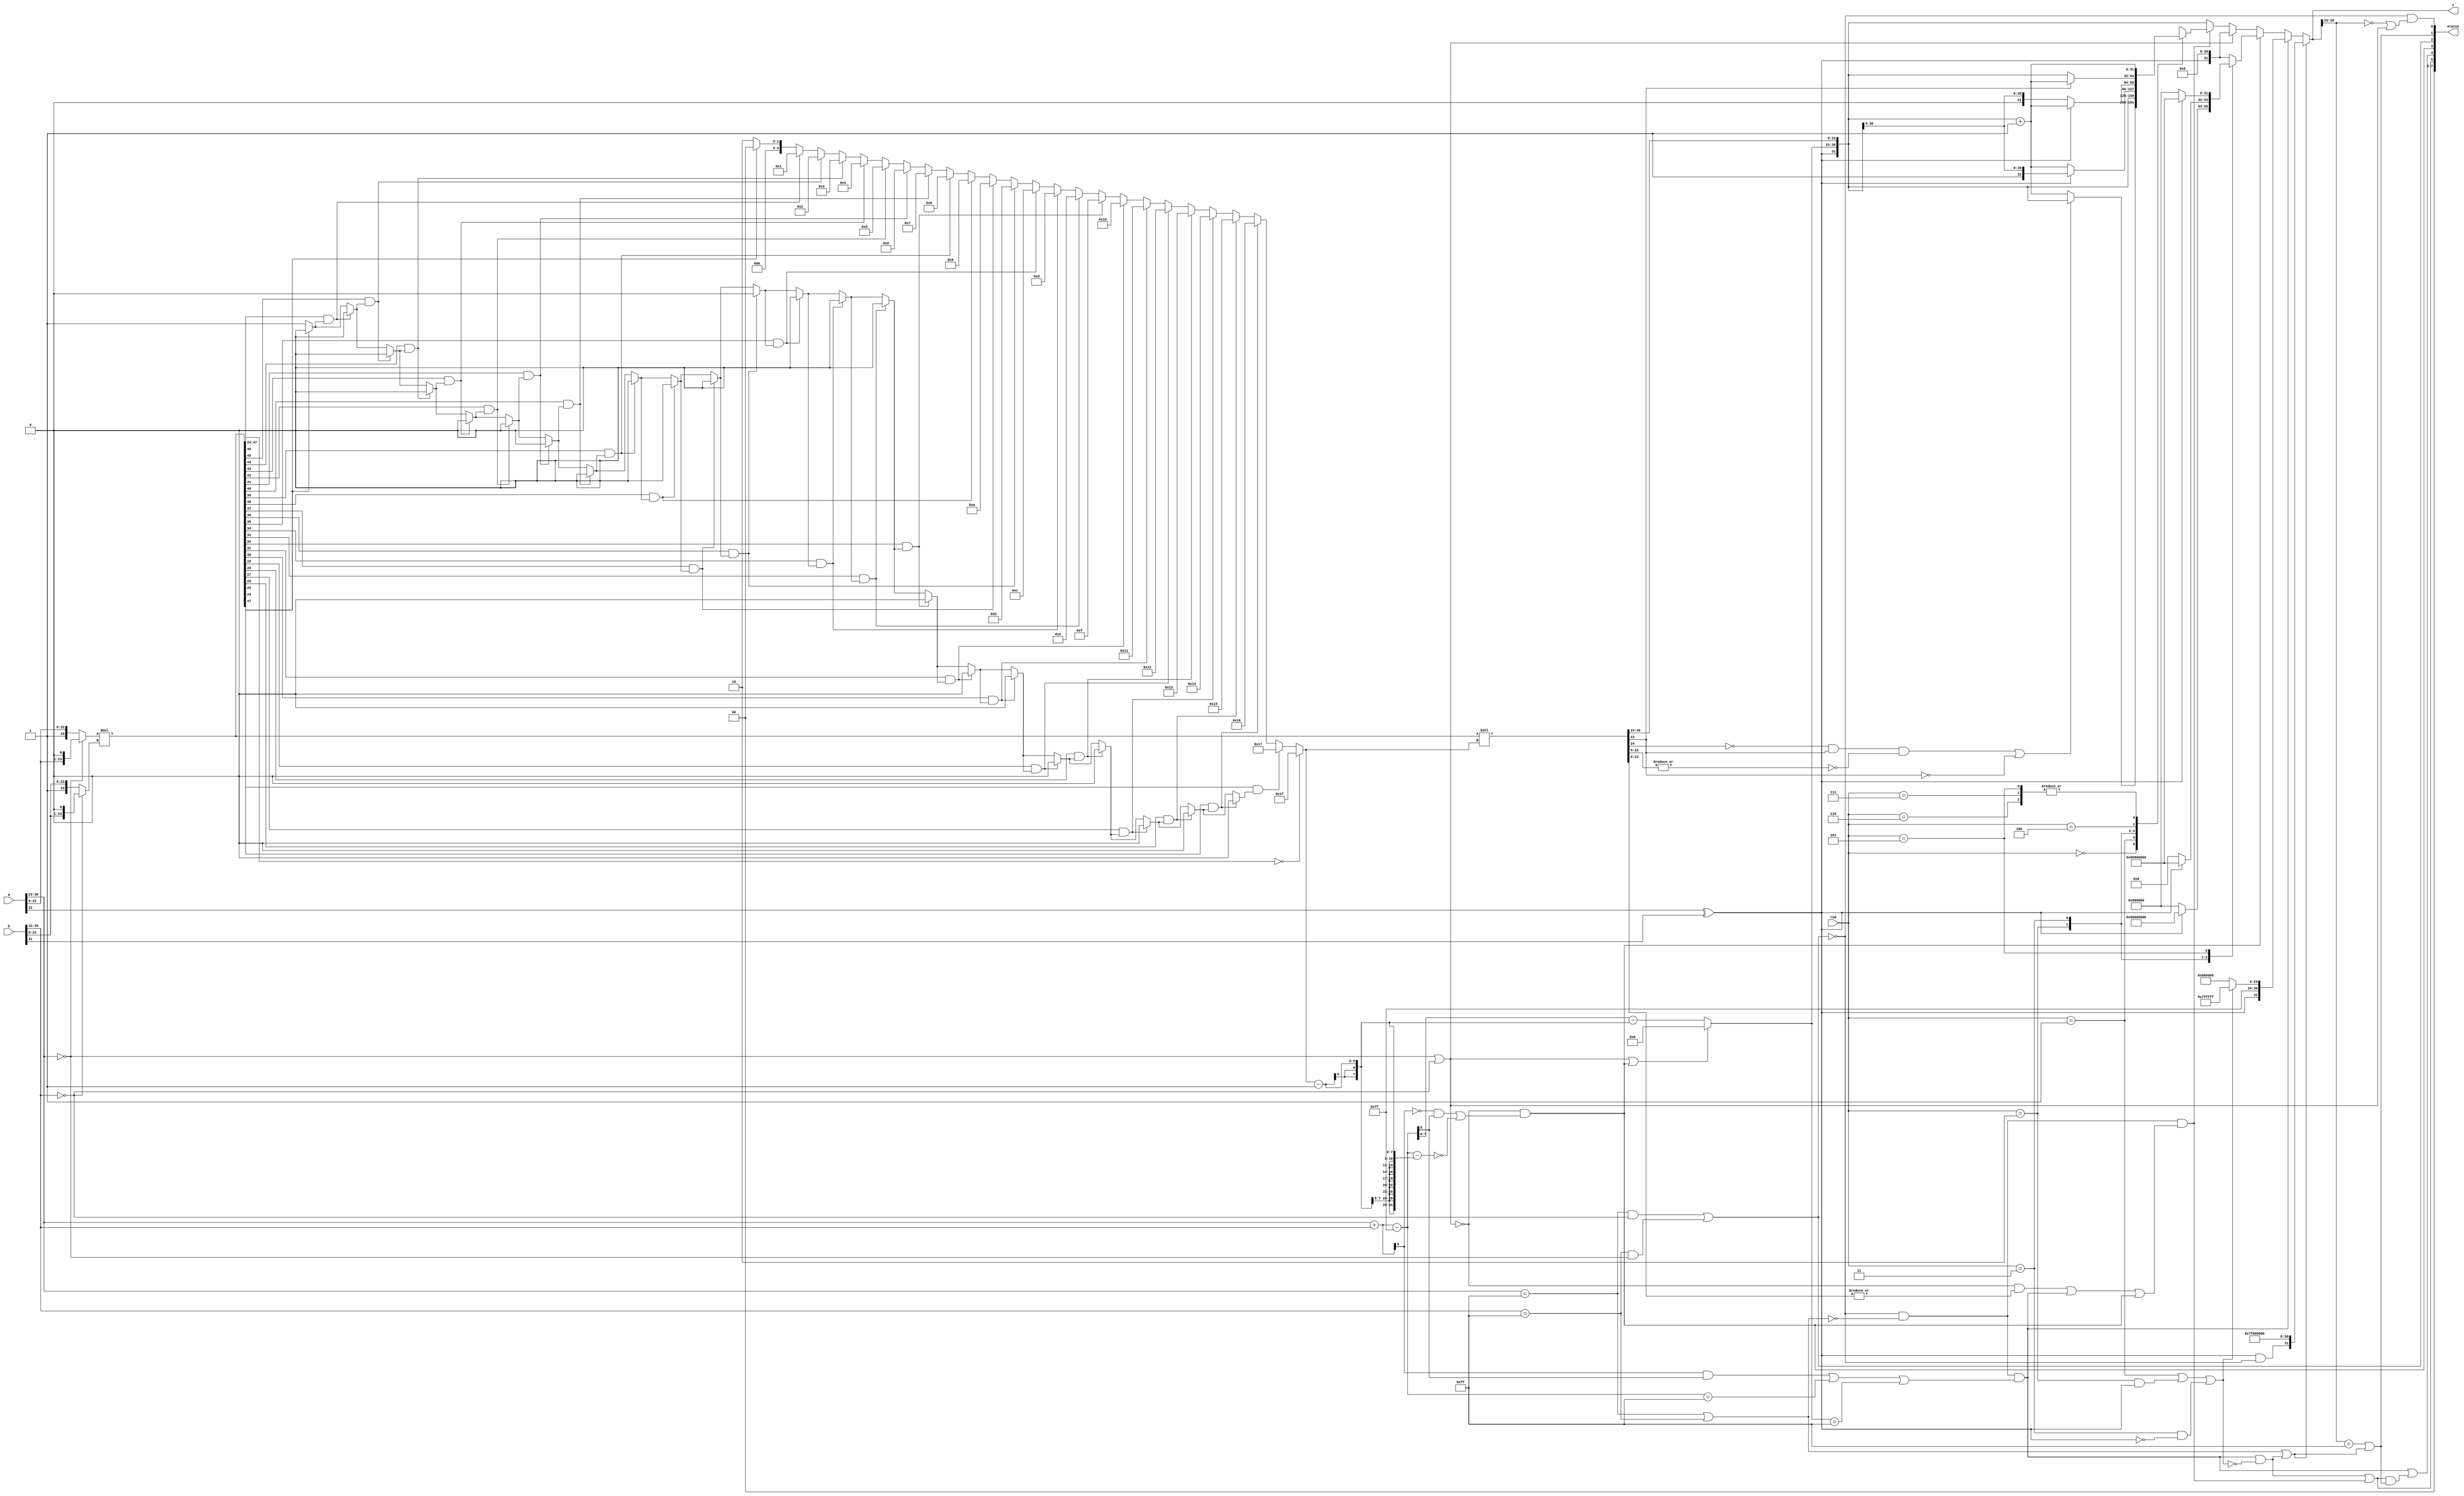

//-------------------------------------------------------------------------------------------------
//
// Title       : fp_mult_ieee0
// Design      : Floating point multiplier
//
//-------------------------------------------------------------------------------------------------
// Description : fp_mult_ieee0 is a floating point multiplier that multiplies two floating point values,
// a and b, to produce a floating point sum, z.
// 
// The input rnd is an optional 3-bit rounding mode and the output status is an 8-bit optional status 
// flags. This is not IEEE 754 compliant. Here denormals are treated as zeros and NANs as infinites.
//-------------------------------------------------------------------------------------------------			
`timescale 1ps / 1ps
module fp_mult_ieee0 (	
					 a,      //Multiplier
    				 b,      //Multiplicand
                     rnd,    //optional, Rounding mode
                     z,      //Product of a X b
                     status  //optional, Status flags
                    )/* synthesis syn_builtin_du = "weak" */;												 
			
		parameter sig_width = 23; //Word length of fraction field of floating point numbers a, b, and z
		parameter exp_width = 8;  //Word length of biased exponent of floating point numbers a, b,	and z

		//Internal parameters
		parameter isize = sig_width+exp_width+1; //Word length a and b
		parameter bias_value = ( 1 << (exp_width-1) ) - 1;
		parameter w_isize = clogb2(isize)-1'b1;
		
	//Input/Output declaration	
	   input  [isize-1:0]        a;
	   input  [isize-1:0]        b;
	   input  [2:0]              rnd;
	   output [isize-1:0]        z;
	   output [7:0]              status;
	
    //Internal signal declaration
	   wire [7:0]                 status;                                                       
	   wire                 	  zero;                                                         
	   wire                 	  infinity;                                                     
	   wire                 	  invalid;                                                      
	   wire                 	  tiny;                                                         
	   wire                 	  huge;                                                         
	   wire                 	  inexact; 
	   wire                       chk_eaz;
	   wire                       chk_ebz; 
	   wire                       chk_ea1;
	   wire                       chk_eb1; 
	   wire [exp_width:0]         s1;
	   wire [exp_width:0]         bias_add_exp;	
	   wire [exp_width:0]         temp_exp;	
	   wire [sig_width:0]         man_a;
	   wire [sig_width:0]         man_b;
	   wire [(2*sig_width)+1:0]   prod; //width = (sig_width+1) * 2--take hidden bits into consideration
	   wire	  				      cmp_half;
	   wire [w_isize-1:0]         result;
	   wire [w_isize-1:0]         lzd_cnt;
	   wire [(2*sig_width)+1:0]   lsh_out; 
	   wire [(2*sig_width)+1:0]   temp;		 
	   wire [exp_width-1:0]       res_exp;
	   wire [sig_width-1:0]       res_man;
	   wire                       lsh_sticky;
	   wire                       res_sign;
	   wire                       res_man_z;
	   wire                       carry_exp;
	   wire [isize-1:0]           res;
	   wire [isize-1:0]           mod_res;
	   reg  [isize-1:0]           rounded;
	   reg  [isize-1:0]           z;
	   
	   
	/**************************************
     Steps to implement mult:
     1. Check the operands for normalization
     2. If normalized, subtract the bias  
	 3.	add the exponents and bias it
	 4. multiply mantissas
     5. normalize the result
    ***************************************/ 
	//Check the operands for normalization
		assign chk_eaz = a[isize-2:sig_width] == 0;
		assign chk_ebz = b[isize-2:sig_width] == 0; 
        //NAN and inf are treated as inf, hence checking for exp = all 1's if sufficient
        assign chk_ea1 = a[isize-2:sig_width] == {exp_width{1'b1}};
        assign chk_eb1 = b[isize-2:sig_width] == {exp_width{1'b1}};
		
	//Add the exponents	-- check whether the biased exp can be used for 
	assign s1 = a[isize-2:sig_width] + b[isize-2:sig_width];
    assign bias_add_exp = s1 - bias_value;
		
	//Multiply mantissas - add hidden bit first
	assign man_a = chk_eaz ? {a[sig_width-1:0],1'b0} : {1'b1,a[sig_width-1:0]};
	assign man_b = chk_ebz ? {b[sig_width-1:0],1'b0} : {1'b1,b[sig_width-1:0]};
    assign prod = man_a * man_b;
	//send only half input to function to find the first '1'
    assign cmp_half = prod[(2*sig_width)+1:sig_width+1] == 0;
	assign result = lzd(prod[(2*sig_width)+1:sig_width+1]);
	//If there is no '1' in the MSB half then the mantissa will be all 0's --assign max. value to lzd_cnt
    assign lzd_cnt = cmp_half ? {w_isize{1'b1}} : result;//denormals ????
	
	//lzd: leading zero detector - Find the first '1' by shifting input to left 
	   function [w_isize-1:0] lzd; 
	   input [sig_width:0]     inp_a;
	   reg                     flag;
	   reg   [w_isize-1:0]     sh_cnt; 
	   integer                 i;   
	   begin 
	           sh_cnt = 2;
			   flag = 1'b1; 
			   for (i=sig_width; i>=0; i=i-1)	
				   if ( inp_a[i] && flag )
					   begin 
						   flag = 0;
						   sh_cnt = sig_width-i;
					   end	
			   lzd = sh_cnt;
	   end 		
	   endfunction 	   
	   
	   //Calculate the result
	   assign lsh_out = prod << lzd_cnt; 
	   assign res_man = lsh_out[sig_width*2:sig_width+1];	
	   assign res_exp = (chk_eaz || chk_ebz || tiny ) ? 0 : bias_add_exp - (lzd_cnt-1'b1);
	   assign res_sign = a[isize-1] ^ b[isize-1];
	   assign res_man_z = z[sig_width-1:0] == 0;	 
	   assign lsh_sticky = |lsh_out[sig_width-1:0];
	   assign res = {res_sign, res_exp, res_man};
	   assign mod_res = res + 1'b1;
	   
	   always @(*)
		   case ( rnd )
		   3'b000: 	/* 1.decide which is the last digit to keep. 
		               2.Increase it by 1 if the next digit is '1'
			   		   3.leave it as it is if the next digit is '0'
					   4.round up or down to the nearest even digit if the next digit is a '1' 
						 followed (if followed at all) only by zeroes. That is, increase the 
						 rounded digit if it is currently odd; leave it if it is already even. 
		  			*/			           
		            /* The bit new_a[isize-sig_width-1] is redundant in (new_a[isize-sig_width-2:0] == {(isize-sig_width-1){1'b0}})
					comparison and hence not considered. Also, remember we are choosing pack anyway if all the discarded bits are 0's.
					assign z = zero ? 0 : (inexact ?  rounded : new_a);	
					last digit to keep|I digit to discard, II digit to discard...
					0|100...0
					0|0xx...x
					1|0xx...x
					choose new_a
					0|1xx...x
					1|1xx...x
					choose mod_a
					*/	 	
					if ((!lsh_out[sig_width+1] && lsh_out[sig_width] && !lsh_sticky ) || (!lsh_out[sig_width]))
						rounded = res;
					else 
						rounded = mod_res;					
					
			   3'b001:  rounded = res;
			   3'b010:  rounded = res_sign ? res : mod_res;
			   3'b011:  rounded = res_sign ? mod_res : res;
			   3'b100:  if (lsh_out[sig_width])  //if G is 1, choose up.
				   rounded = mod_res;
			   else 
				   rounded = res;
			   3'b101:  rounded = mod_res;		   
			   3'b110:  rounded = mod_res; 
			   3'b111:  rounded = mod_res; 
		   endcase								  		   						   

	   always @(*)
		   if (infinity) 
			   z = {res_sign & !invalid , {exp_width{1'b1}}, {sig_width{1'b0}}};
		   else if (huge)
			   z = (rnd == 1 || (rnd == 2 && res_sign) || (rnd == 3 && !res_sign) ) ? {res_sign, {exp_width-1{1'b1}}, 1'b0, {sig_width{1'b1}}} : {res_sign, {exp_width-1{1'b1}}, 1'b1, {sig_width{1'b0}}};  
           else if ( tiny )
		       case ( rnd )
				   3'b010 : if (res_sign)
					   z = {1'b1, {isize-1{1'b0}}};
				   else 
					   z = {1'b0, {exp_width-1{1'b0}}, 1'b1, {sig_width{1'b0}}};
				   3'b011 : if (res_sign)
					   z = {1'b1, {exp_width-1{1'b0}}, 1'b1, {sig_width{1'b0}}};
				   else 
					   z = {1'b0, {isize-1{1'b0}}};
				   3'b101 : if (res_sign)
					   z = {1'b1, {exp_width-1{1'b0}}, 1'b1, {sig_width{1'b0}}};
				   else 
					   z = {1'b0, {exp_width-1{1'b0}}, 1'b1, {sig_width{1'b0}}};  
					default: z = {res_sign, {isize-1{1'b0}}}; 	 
				endcase	
			else if ( chk_eaz || chk_ebz )
				z = {res_sign, {isize-1{1'b0}}};	
		   else	   
               z = inexact ? rounded :{res_sign, res_exp, res_man};				 
	   
	   assign zero = !invalid && ((z[isize-2:sig_width] == 0) || (chk_eaz || chk_ebz));	   
//	   assign infinity = chk_ea1 || chk_eb1 || (huge && rnd!=1 && rnd != 2 && rnd !=3 ) || (huge && rnd == 2 && !res_sign) || (huge && rnd == 3 && res_sign);
	   assign infinity = chk_ea1 || chk_eb1 || (huge & ~(rnd == 1 || (rnd == 2 && res_sign) || (rnd == 3 && !res_sign) ) ) ; 
	   assign invalid =  (chk_ea1 && chk_ebz ) || (chk_eb1 && chk_eaz); 
	   assign tiny = ~(chk_eaz || chk_ebz) && ((!s1[exp_width] && bias_add_exp[exp_width] ) || (bias_add_exp - (lzd_cnt - 1) == 0));
	   assign huge = !invalid && ~( chk_ea1 || chk_eb1) && (((s1[exp_width] && bias_add_exp[exp_width]) || ( bias_add_exp == {exp_width{1'b1}})) || (res_exp == {exp_width{1'b1}}));
	   assign inexact = !invalid && ~(chk_ea1 || chk_eb1) && (~(chk_eaz || chk_ebz) && |lsh_out[sig_width:0] || huge || tiny);

		 assign inexact_out = (huge & ~(rnd == 1 || (rnd == 2 && res_sign) || (rnd == 3 && !res_sign) )) | inexact; 
		 assign infinity_out = ((z[isize-2:sig_width] == {exp_width{1'b1}})) | infinity;
		 assign huge_out = huge | (inexact_out & infinity_out);

		 assign tiny_sp = (bias_add_exp - (lzd_cnt -1) == 0) && (lzd_cnt == 1);


     assign status = {2'b0, inexact_out , huge_out   , tiny, invalid, infinity_out, zero};
	   
	   //function to obtain bit width
	   function integer clogb2 (input integer depth);
	   begin
		   for(clogb2=0; depth>0; clogb2=clogb2+1)
			   depth = depth >> 1;
	   end
       endfunction
	
endmodule